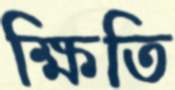
ক্ষিতি